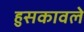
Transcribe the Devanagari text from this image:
हुसकावले